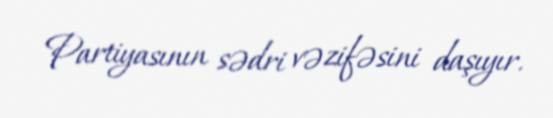
Partiyasının sədri vəzifəsini daşıyır.